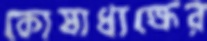
কোষাধ্যক্ষের